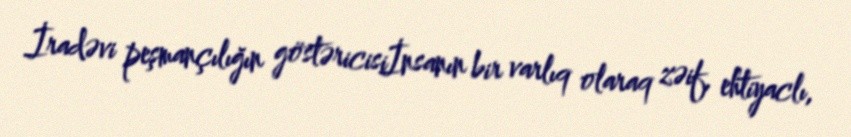
İradəvi peşmançılığın göstəricisiİnsanın bir varlıq olaraq zəif, ehtiyaclı,